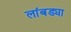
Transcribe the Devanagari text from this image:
लांबड्या